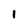
Character: 1